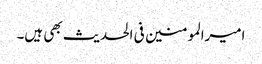
امیرالمومنین فی الحدیث بھی ہیں۔